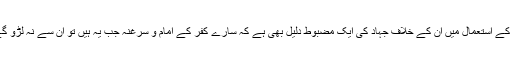
قریش کے لیے اس لقب کے استعمال میں ان کے خلاف جہاد کی ایک مضبوط دلیل بھی ہے کہ سارے کفر کے امام و سرغنہ جب یہ ہیں تو ان سے نہ لڑو گے تو کس سے لڑو گے۔